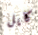
كايل